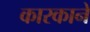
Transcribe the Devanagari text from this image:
कारकाने